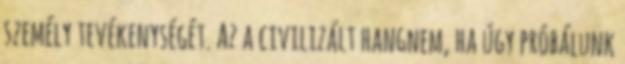
személy tevékenységét. Az a civilizált hangnem, ha úgy próbálunk